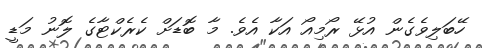
ހޭބަލިވެގެން އުޅޭ ރޯމިއޯ އަކާ އެވެ. މާ ބޮޑަށް ކެރެކްޓާގެ ލޮނު މަޑީ